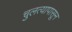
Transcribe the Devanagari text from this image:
चुलत्यापासून